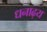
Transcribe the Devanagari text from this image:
धनाढ्‍य